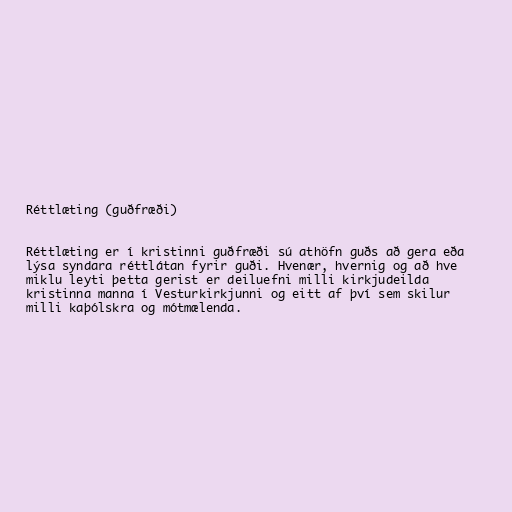
Réttlæting (guðfræði)

Réttlæting er í kristinni guðfræði sú athöfn guðs að gera eða
lýsa syndara réttlátan fyrir guði. Hvenær, hvernig og að hve
miklu leyti þetta gerist er deiluefni milli kirkjudeilda
kristinna manna í Vesturkirkjunni og eitt af því sem skilur
milli kaþólskra og mótmælenda.